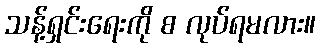
သန့်ရှင်းရေးကို စ လုပ်ရမလား။